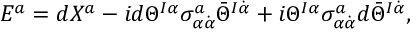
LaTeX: E ^ { a } = d X ^ { a } - i d \Theta ^ { I \alpha } \sigma _ { \alpha \dot { \alpha } } ^ { a } \bar { \Theta } ^ { I \dot { \alpha } } + i \Theta ^ { I \alpha } \sigma _ { \alpha \dot { \alpha } } ^ { a } d \bar { \Theta } ^ { I \dot { \alpha } } ,